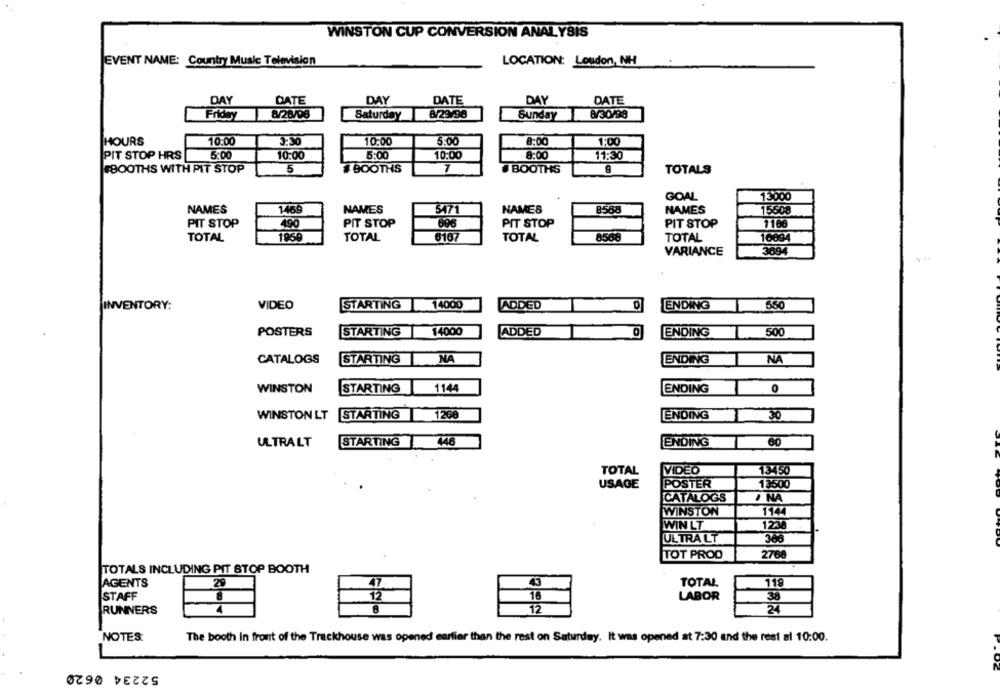
WINSTON CUP CONVERSION ANALYSIS
EVENT NAME: Country Music Television
LOCATION: Loudon, NH
DAY
DATE
DAY
DATE
DAY
DATE
Friday
8/28/06
Saturday
8/29/98
Sunday
8/30/98
HOURS
10:00
3:30
10:00
5:00
8:00
1:00
PIT STOP HRS
5:00
10:00
5:00
10:00
8:00
11:30
#BOOTHS WITH PIT STOP
5
# BOOTHS
7
BOOTHS
TOTALS
GOAL
13000
NAMES
1469
NAMES
5471
NAMES
NAMES
15608
PIT STOP
490
PIT STOP
696
PIT STOP
PIT STOP
1166
TOTAL
1960
TOTAL
6167
TOTAL
8568
TOTAL
16694
VARIANCE
3094
INVENTORY:
VIDEO
STARTING
14000
ADDED
650
LENDING
POSTERS
STARTING
14000
ADDED
0
ENDING
500
CATALOGS
STARTING NA
ENDING
NA
ENDING
WINSTON
STARTING
1144
0
WINSTON LT
STARTING
1268
ENDING
30
ULTRALT
STARTING
446
ENDING
60
TOTAL
VIDEO
13450
USAGE
POSTER
12500
CATALOGS
NA
WINSTON
1144
WIN LT
1230
ULTRA LT
366
TOT PROD
2768
TOTALS INCLUDING PIT STOP BOOTH
AGENTS
29
TOTAL
119
47
STAFF
12
10
LABOR
38
RUNNERS
4
8
12
24
NOTES:
The booth in front of the Trackhouse was opened earlier than the rest on Saturday. It was opened at 7:30 and the rest al 10:00.
52234 0620